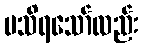
မသိရသော်လည်း